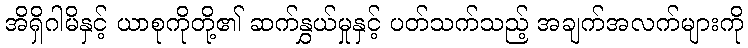
အိရှိဂါမိနှင့် ယာစုကိုတို့၏ ဆက်နွှယ်မှုနှင့် ပတ်သက်သည့် အချက်အလက်များကို